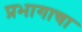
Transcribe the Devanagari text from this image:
प्रभागाचा